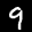
Label: 9